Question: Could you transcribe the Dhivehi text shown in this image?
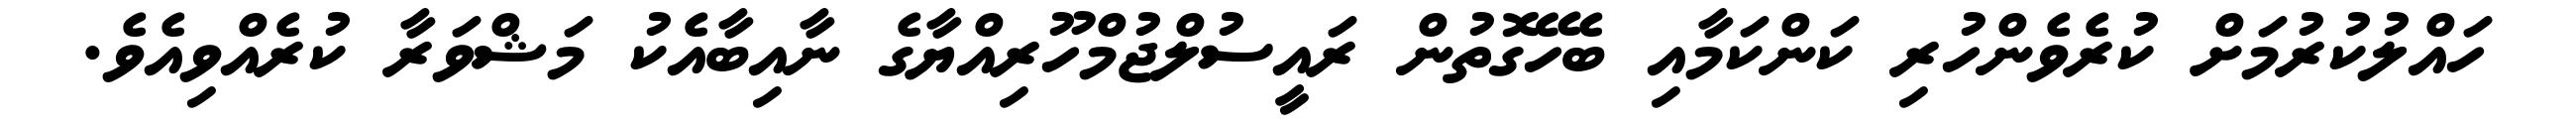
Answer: ހައްލުކުރުމަށް ކުރެވެންހުރި ކަންކަމާއި ބެހޭގޮތުން ރައީސުލްޖުމްހޫރިއްޔާގެ ނާއިބާއެކު މަޝްވަރާ ކުރެއްވިއެވެ.